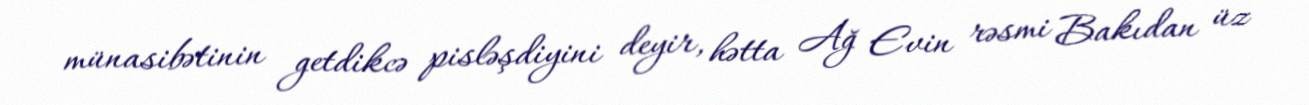
münasibətinin getdikcə pisləşdiyini deyir, hətta Ağ Evin rəsmi Bakıdan üz